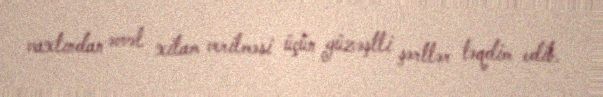
vaxtından əvvəl xitam verilməsi üçün güzəştli şərtlər təqdim edib.